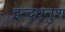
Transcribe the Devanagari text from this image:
इन्द्रधनुश